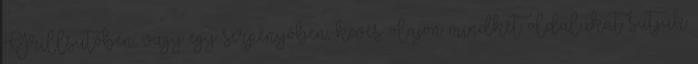
Grillsütőben, vagy egy serpenyőben, kevés olajon mindkét oldalukat sütjük